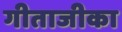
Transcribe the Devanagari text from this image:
गीताजीका